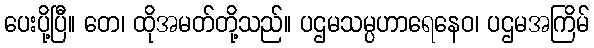
ပေးပို့ပြီ။ တေ၊ ထိုအမတ်တို့သည်။ ပဌမသမ္ပဟာရေနေဝ၊ ပဌမအကြိမ်